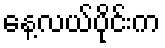
နေ့လယ်ပိုင်းက